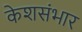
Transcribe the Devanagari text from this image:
केशसंभार